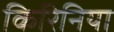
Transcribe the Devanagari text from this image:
किरिनिया